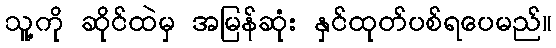
သူ့ကို ဆိုင်ထဲမှ အမြန်ဆုံး နှင်ထုတ်ပစ်ရပေမည်။